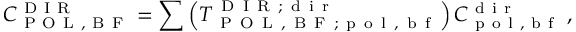
C _ { \mathrm { ~ P ~ O ~ L ~ , ~ B ~ F ~ } } ^ { \mathrm { ~ D ~ I ~ R ~ } } = \sum \left( \large { T } _ { \mathrm { ~ P ~ O ~ L ~ , ~ B ~ F ~ } ; \mathrm { ~ p ~ o ~ l ~ , ~ b ~ f ~ } } ^ { \mathrm { ~ D ~ I ~ R ~ } ; \mathrm { ~ d ~ i ~ r ~ } } \right) C _ { \mathrm { ~ p ~ o ~ l ~ , ~ b ~ f ~ } } ^ { \mathrm { ~ d ~ i ~ r ~ } } \; ,